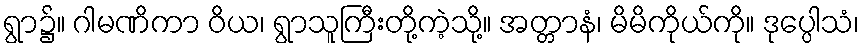
ရွာ၌။ ဂါမဏိကာ ဝိယ၊ ရွာသူကြီးတို့ကဲ့သို့။ အတ္တာနံ၊ မိမိကိုယ်ကို။ ဒုပ္ပေါသံ၊